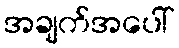
အချက်အပေါ်